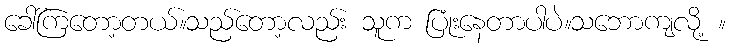
ခေါ်ကြတော့တယ်။သည်တော့လည်း သူက ပြုံးနေတာပါပဲ။သဘောကျလို့ ။